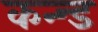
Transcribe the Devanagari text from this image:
कन्न्ड